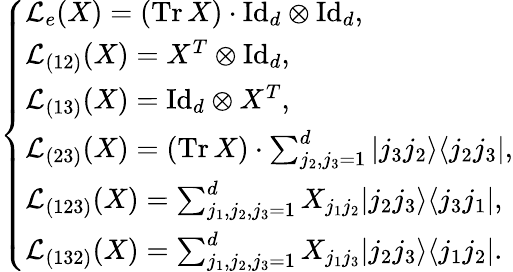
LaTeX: \left\{ \begin{array}{lllllll}{\mathcal{L}_{e}(X)=(\mathrm{Tr\, }X)\cdot\mathrm{Id}_{d}\otimes\mathrm{Id}_{d},}\\ {\mathcal{L}_{(12)}(X)=X^{T}\otimes\mathrm{Id}_{d},}\\ {\mathcal{L}_{(13)}(X)=\mathrm{Id}_{d}\otimes X^{T},}\\ {\mathcal{L}_{(23)}(X)=(\mathrm{Tr}\, X)\cdot\sum_{j_{2},j_{3}=1}^{d}|j_{3}j_{2}\rangle\langle j_{2}j_{3}|,}\\ {\mathcal{L}_{(123)}(X)=\sum_{j_{1},j_{2},j_{3}=1}^{d}X_{j_{1}j_{2}}|j_{2}j_{3}\rangle\langle j_{3}j_{1}|,}\\ {\mathcal{L}_{(132)}(X)=\sum_{j_{1},j_{2},j_{3}=1}^{d}X_{j_{1}j_{3}}|j_{2}j_{3}\rangle\langle j_{1}j_{2}|.}\end{array}\right.